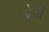
ડોડી